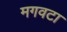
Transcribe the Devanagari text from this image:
मगवटा